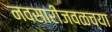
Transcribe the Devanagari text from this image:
नवसारीजवळच्या